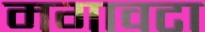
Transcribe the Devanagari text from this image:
मगावटा